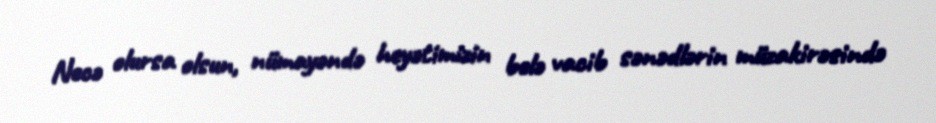
Necə olursa olsun, nümayəndə heyətimizin belə vacib sənədlərin müzakirəsində